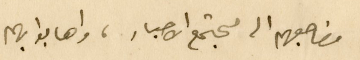
مضاجعهم الى مجتمع الاحبار، واهابوا بهم